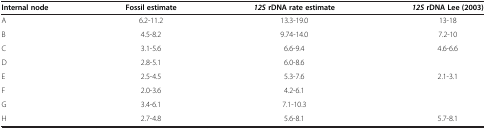
<table><thead><tr><td><b>Internal node</b></td><td><b>Fossil estimate</b></td><td><b><i>12S </i>rDNA rate estimate</b></td><td><b><i>12S </i>rDNA Lee (2003)</b></td></tr></thead><tbody><tr><td>A</td><td>6.2-11.2</td><td>13.3-19.0</td><td>13-18</td></tr><tr><td>B</td><td>4.5-8.2</td><td>9.74-14.0</td><td>7.2-10</td></tr><tr><td>C</td><td>3.1-5.6</td><td>6.6-9.4</td><td>4.6-6.6</td></tr><tr><td>D</td><td>2.8-5.1</td><td>6.0-8.6</td><td> </td></tr><tr><td>E</td><td>2.5-4.5</td><td>5.3-7.6</td><td>2.1-3.1</td></tr><tr><td>F</td><td>2.0-3.6</td><td>4.2-6.1</td><td> </td></tr><tr><td>G</td><td>3.4-6.1</td><td>7.1-10.3</td><td> </td></tr><tr><td>H</td><td>2.7-4.8</td><td>5.6-8.1</td><td>5.7-8.1</td></tr></tbody></table>